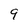
Character: 9